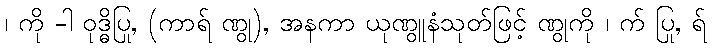
၊ ကို -ါ ဝုဒ္ဓိပြု, (ကာရ် ဏွု), အနကာ ယုဏွူနံသုတ်ဖြင့် ဏွုကို ၊ က် ပြု, ရ်